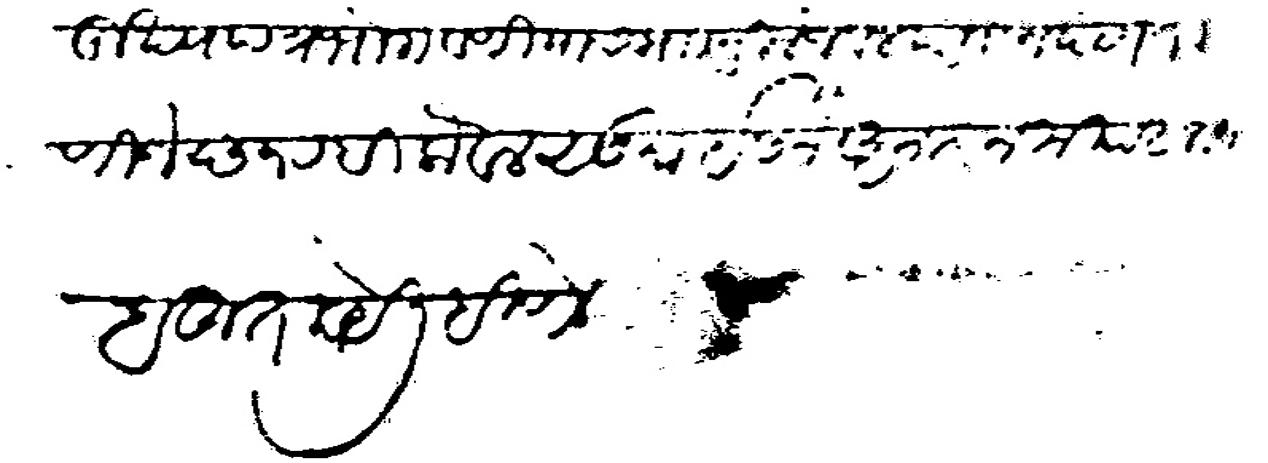
Transliteration (Devanagari): मुख्यपत्र भोगवटीयास मारनीले जवल परतोन देणे जाणीजे छ१ रबीलोवल सु ईसने अशरेन मया व अलफे बहुत काये लिहीणे